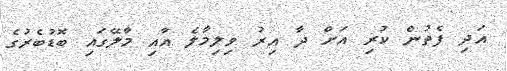
އަދި ފެތުން ކުރި އަށް ދާ އިރު ވިލިމާލެ އާއި މާލޭގައި ބޮޑުބެރުގެ